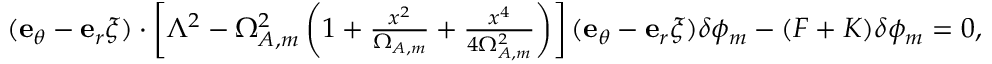
\begin{array} { r } { ( { \bf e } _ { \theta } - { \bf e } _ { r } \xi ) \cdot \left[ \Lambda ^ { 2 } - \Omega _ { A , m } ^ { 2 } \left( 1 + \frac { x ^ { 2 } } { \Omega _ { A , m } } + \frac { x ^ { 4 } } { 4 \Omega _ { A , m } ^ { 2 } } \right) \right] ( { \bf e } _ { \theta } - { \bf e } _ { r } \xi ) \delta \phi _ { m } - ( F + K ) \delta \phi _ { m } = 0 , } \end{array}